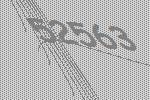
52563